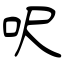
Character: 呎